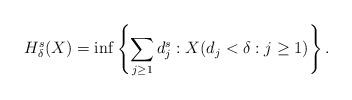
LaTeX: \begin{align*}H^s_\delta(X)=\inf\left\{\sum_{j\geq 1} d_{j}^s: X(d_j < \delta: j\geq 1) \right\}.\end{align*}